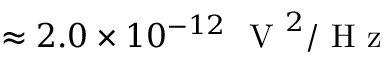
\approx 2 . 0 \times 1 0 ^ { - 1 2 } ~ \mathrm { ~ V ~ } ^ { 2 } / \mathrm { ~ H ~ z ~ }